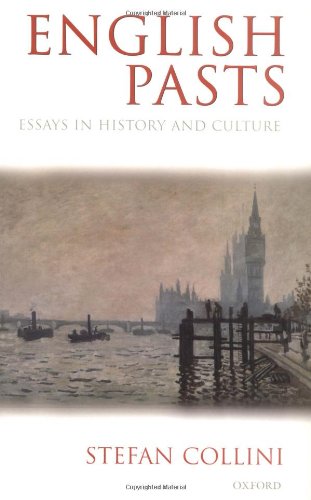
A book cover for English Pasts: Essays in History and Culture; Stefan Collini; History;